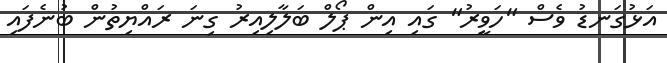
އަޅުގަނޑު ވެސް "ހަވީރު" ގައި އިން ޕޯލް ބަލާލިއިރު ގިނަ ރައްޔިތުން ބުނެފައި